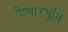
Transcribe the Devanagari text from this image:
विचारभूमि